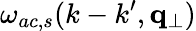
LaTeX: \omega_{ac,s}(k-k^{\prime},\mathbf{q}_{\perp})